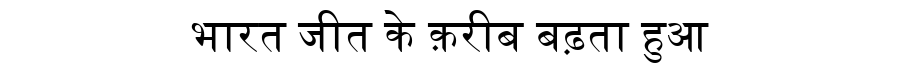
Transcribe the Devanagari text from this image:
भारत जीत के क़रीब बढ़ता हुआ